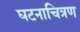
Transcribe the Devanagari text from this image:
घटनाचित्रण